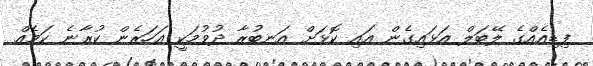
ފިޑިއެއްގެ ލޭބަލް އަޅައިގެން އައި ކޮޅަށް އަނބުރާ ދުވުމަކީ އަހަރެން ކުރާނެ ކަމެއް